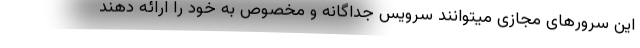
این سرورهای مجازی میتوانند سرویس جداگانه و مخصوص به خود را ارائه دهند